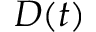
D ( t )